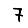
Digit: 7